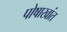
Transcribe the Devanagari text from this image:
पोषाखांत